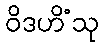
ဝိဒဟိံသု